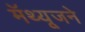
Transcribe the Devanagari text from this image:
मॅथ्यूजने